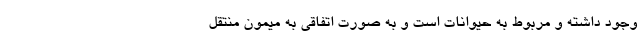
وجود داشته و مربوط به حیوانات است و به صورت اتفاقی به میمون منتقل